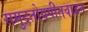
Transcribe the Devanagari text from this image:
समुद्रतोयपीतवाहन